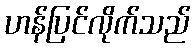
ဟန်ပြင်လိုက်သည်